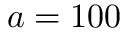
a = 1 0 0